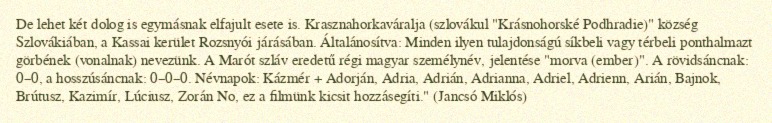
De lehet két dolog is egymásnak elfajult esete is. Krasznahorkaváralja (szlovákul "Krásnohorské Podhradie)" község Szlovákiában, a Kassai kerület Rozsnyói járásában. Általánosítva: Minden ilyen tulajdonságú síkbeli vagy térbeli ponthalmazt görbének (vonalnak) nevezünk. A Marót szláv eredetű régi magyar személynév, jelentése "morva (ember)". A rövidsáncnak: 0–0, a hosszúsáncnak: 0–0–0. Névnapok: Kázmér + Adorján, Adria, Adrián, Adrianna, Adriel, Adrienn, Arián, Bajnok, Brútusz, Kazimír, Lúciusz, Zorán No, ez a filmünk kicsit hozzásegíti." (Jancsó Miklós)